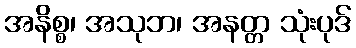
အနိစ္စ၊ အသုဘ၊ အနတ္တ သုံးပုဒ်